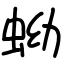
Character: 蚴